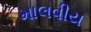
માલવીય